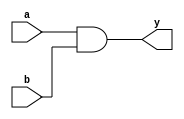
module and_gate_b_mod(y,a,b);
output reg y;
input a,b;
always@(a,b)
 begin
 y=a&b;
 end
 
endmodule